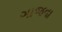
ગાજવા